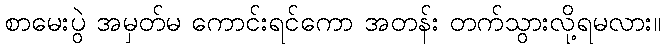
စာမေးပွဲ အမှတ်မ ကောင်းရင်ကော အတန်း တက်သွားလို့ရမလား။